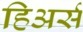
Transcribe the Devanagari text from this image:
हिअर्स